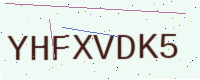
Text: YHFXVDK5